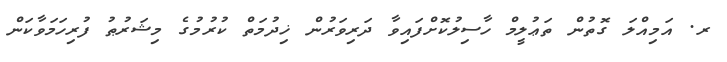
ރ. އަމިއްލަ ގޮތުން ތަޢުލީމް ހާސިލުކޮށްފައިވާ ދަރިވަރުން ޚިދުމަތް ކުރުމުގެ މިޝަރުޠު ފުރިހަމަވާކަން